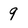
Character: 9